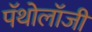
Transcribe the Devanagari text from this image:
पॅथोलॉजी